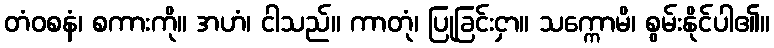
တံဝစနံ၊ စကားကို။ အဟံ၊ ငါသည်။ ကာတုံ၊ ပြုခြင်းငှာ။ သက္ကောမိ၊ စွမ်းနိုင်ပါ၏။